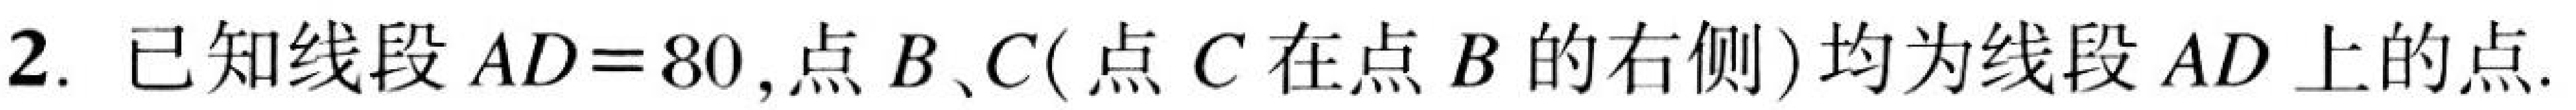
2. 已知线段\(AD = 80\),点\(B、C\)(点\(C\)在点\(B\)的右侧)均为线段\(AD\)上的点.